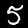
Label: 5